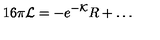
1 6 \pi { \cal L } = - e ^ { - { \cal K } } R + \dots